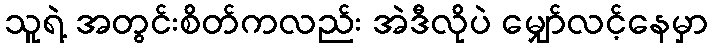
သူရဲ့ အတွင်းစိတ်ကလည်း အဲဒီလိုပဲ မျှော်လင့်နေမှာ